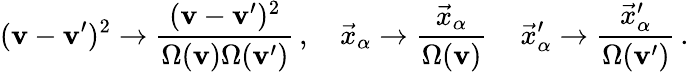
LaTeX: (\mathbf{v}-\mathbf{v}^{\prime})^{2}\rightarrow\frac{{(\mathbf{v}-\mathbf{v}^{\prime})^{2}}}{{\Omega(\mathbf{v})\Omega(\mathbf{v}^{\prime})}}\, ,\quad\vec{{x}}_{\alpha}\rightarrow\frac{{\vec{{x}}_{\alpha}}}{{\Omega(\mathbf{v})}}\, \quad\vec{{x}}_{\alpha}^{\prime}\rightarrow\frac{{\vec{{x}}_{\alpha}^{\prime}}}{{\Omega(\mathbf{v}^{\prime})}}\, .